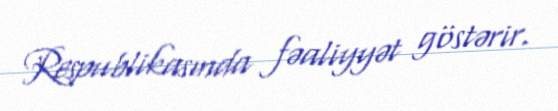
Respublikasında fəaliyyət göstərir.